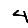
Digit: 4